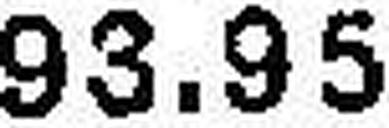
93.95